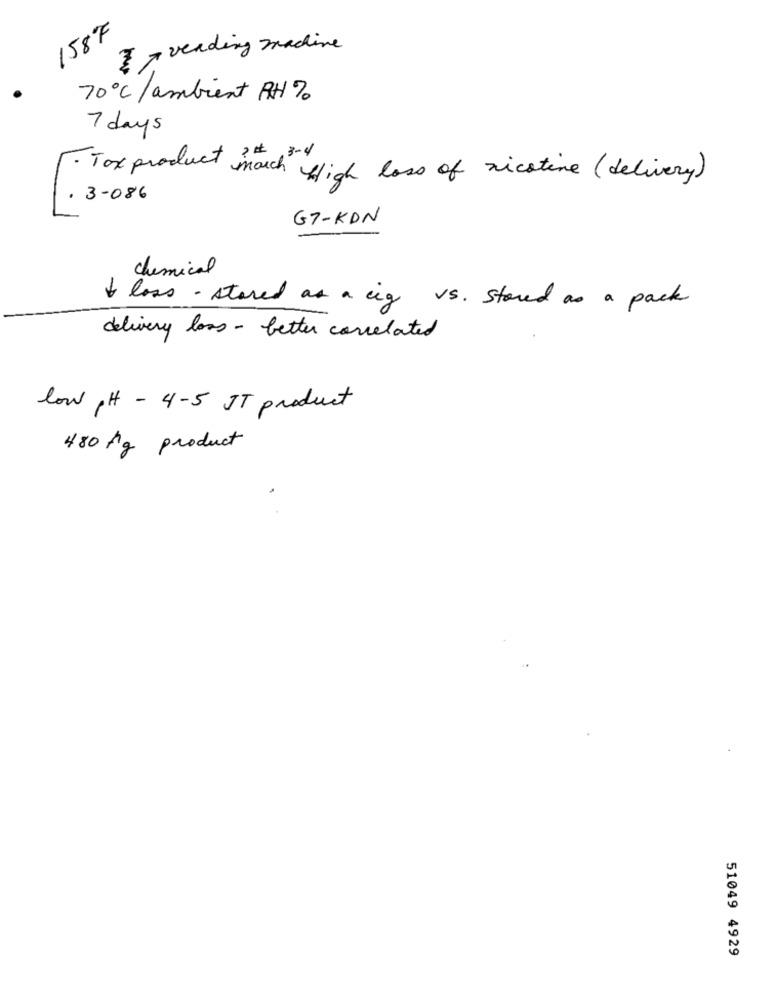
158F
3 - vending machine
70℃/ ambient RH %
7 days
· Tox product march fligh loss of nicotine (delivery)
3-086
G7-KDN
chemical
& loss - stared as a cig vs. stored as a pack
delivery loss - better correlated
low PH - 4-5 IT product
480 kg product
51049 4929